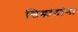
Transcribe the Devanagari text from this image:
सिद्धांतांना